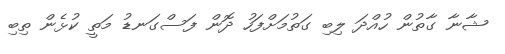
ޝާނާ ގާތުން ހުއްދަ ލިބި ގަތުމަށްފަހު ދޮން ފަސްގަނޑު މަތީ ކުޅެން ތިބި